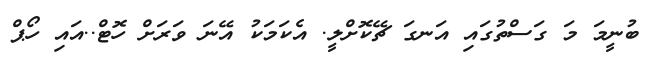
ބުނީމަ މަ ގަސްތުގައި އަނގަ ޗޭކޮށްލީ. އެކަމަކު އޭނަ ވަރަށް ހޮޓް..އައި ހޯޕް